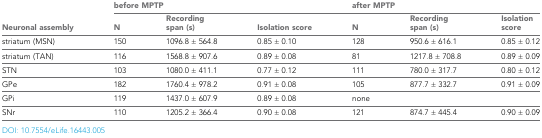
<table><thead><tr><td rowspan="2"><b>Neuronal assembly</b></td><td colspan="3"><b>before MPTP</b></td><td colspan="3"><b>after MPTP</b></td></tr><tr><td><b>N</b></td><td><b>Recording span (s)</b></td><td><b>Isolation score</b></td><td><b>N</b></td><td><b>Recording span (s)</b></td><td><b>Isolation score</b></td></tr></thead><tbody><tr><td>striatum (MSN)</td><td>150</td><td>1096.8 ± 564.8</td><td>0.85 ± 0.10</td><td>128</td><td>950.6 ± 616.1</td><td>0.85 ± 0.12</td></tr><tr><td>striatum (TAN)</td><td>116</td><td>1568.8 ± 907.6</td><td>0.89 ± 0.08</td><td>81</td><td>1217.8 ± 708.8</td><td>0.89 ± 0.09</td></tr><tr><td>STN</td><td>103</td><td>1080.0 ± 411.1</td><td>0.77 ± 0.12</td><td>111</td><td>780.0 ± 317.7</td><td>0.80 ± 0.12</td></tr><tr><td>GPe</td><td>182</td><td>1760.4 ± 978.2</td><td>0.91 ± 0.08</td><td>105</td><td>877.7 ± 332.7</td><td>0.91 ± 0.09</td></tr><tr><td>GPi</td><td>119</td><td>1437.0 ± 607.9</td><td>0.89 ± 0.08</td><td>none</td><td></td><td></td></tr><tr><td>SNr</td><td>110</td><td>1205.2 ± 366.4</td><td>0.90 ± 0.08</td><td>121</td><td>874.7 ± 445.4</td><td>0.90 ± 0.09</td></tr></tbody></table>